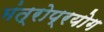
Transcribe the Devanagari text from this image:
मंत्रोप्रयोग